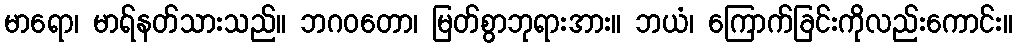
မာရော၊ မာရ်နတ်သားသည်။ ဘဂဝတော၊ မြတ်စွာဘုရားအား။ ဘယံ၊ ကြောက်ခြင်းကိုလည်းကောင်း။